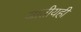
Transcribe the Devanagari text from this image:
जातीयही